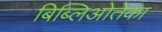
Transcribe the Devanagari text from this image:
बिब्लिओतेका